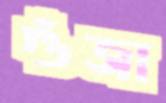
গুঁজা